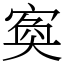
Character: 寏